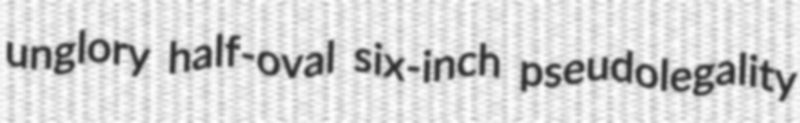
unglory half-oval six-inch pseudolegality